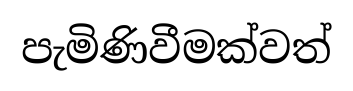
පැමිණිවීමක්වත්